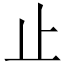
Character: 止